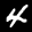
Label: 4